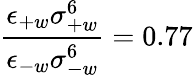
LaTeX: \frac{\epsilon_{+w}\sigma_{+w}^{6}}{\epsilon_{-w}\sigma_{-w}^{6}}=0.77